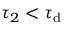
\tau _ { 2 } < \tau _ { \mathrm { d } }